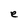
Character: e